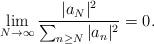
LaTeX: \begin{align*} \lim_{N \to \infty} \frac{|a_N|^2}{\sum_{n \geq N} |a_n|^2} = 0. \end{align*}